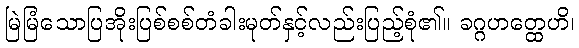
မြဲမြံသောပြအိုးပြစ်စစ်တံခါးမုတ်နှင့်လည်းပြည့်စုံ၏။ ခဂ္ဂဟတ္ထေဟိ၊